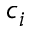
c _ { i }